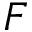
F